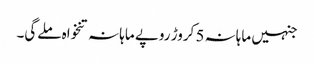
جنہیں ماہانہ 5 کروڑ روپے ماہانہ تنخواہ ملےگی۔